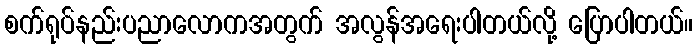
စက်ရုပ်နည်းပညာလောကအတွက် အလွန်အရေးပါတယ်လို့ ပြောပါတယ်။